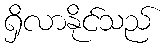
ရှိလာနိုင်သည်